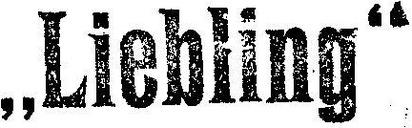
„Liebling“